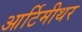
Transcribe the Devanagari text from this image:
आर्टिमीथर